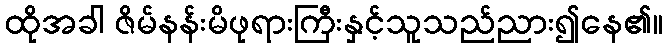
ထိုအခါ ဇိမ်နန်းမိဖုရားကြီးနှင့်သူသည်ညား၍နေ၏။